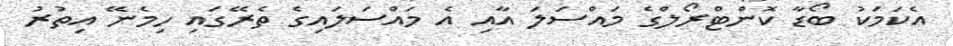
އެކަމަކު ބޯޑާ ކޮންޓްރޯލްގެ މައްސަލަ އާއި އެ މައްސަލައިގެ ތެރޭގައި ހިމެނޭ އިތުރު